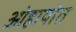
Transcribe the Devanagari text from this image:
ओहायोत